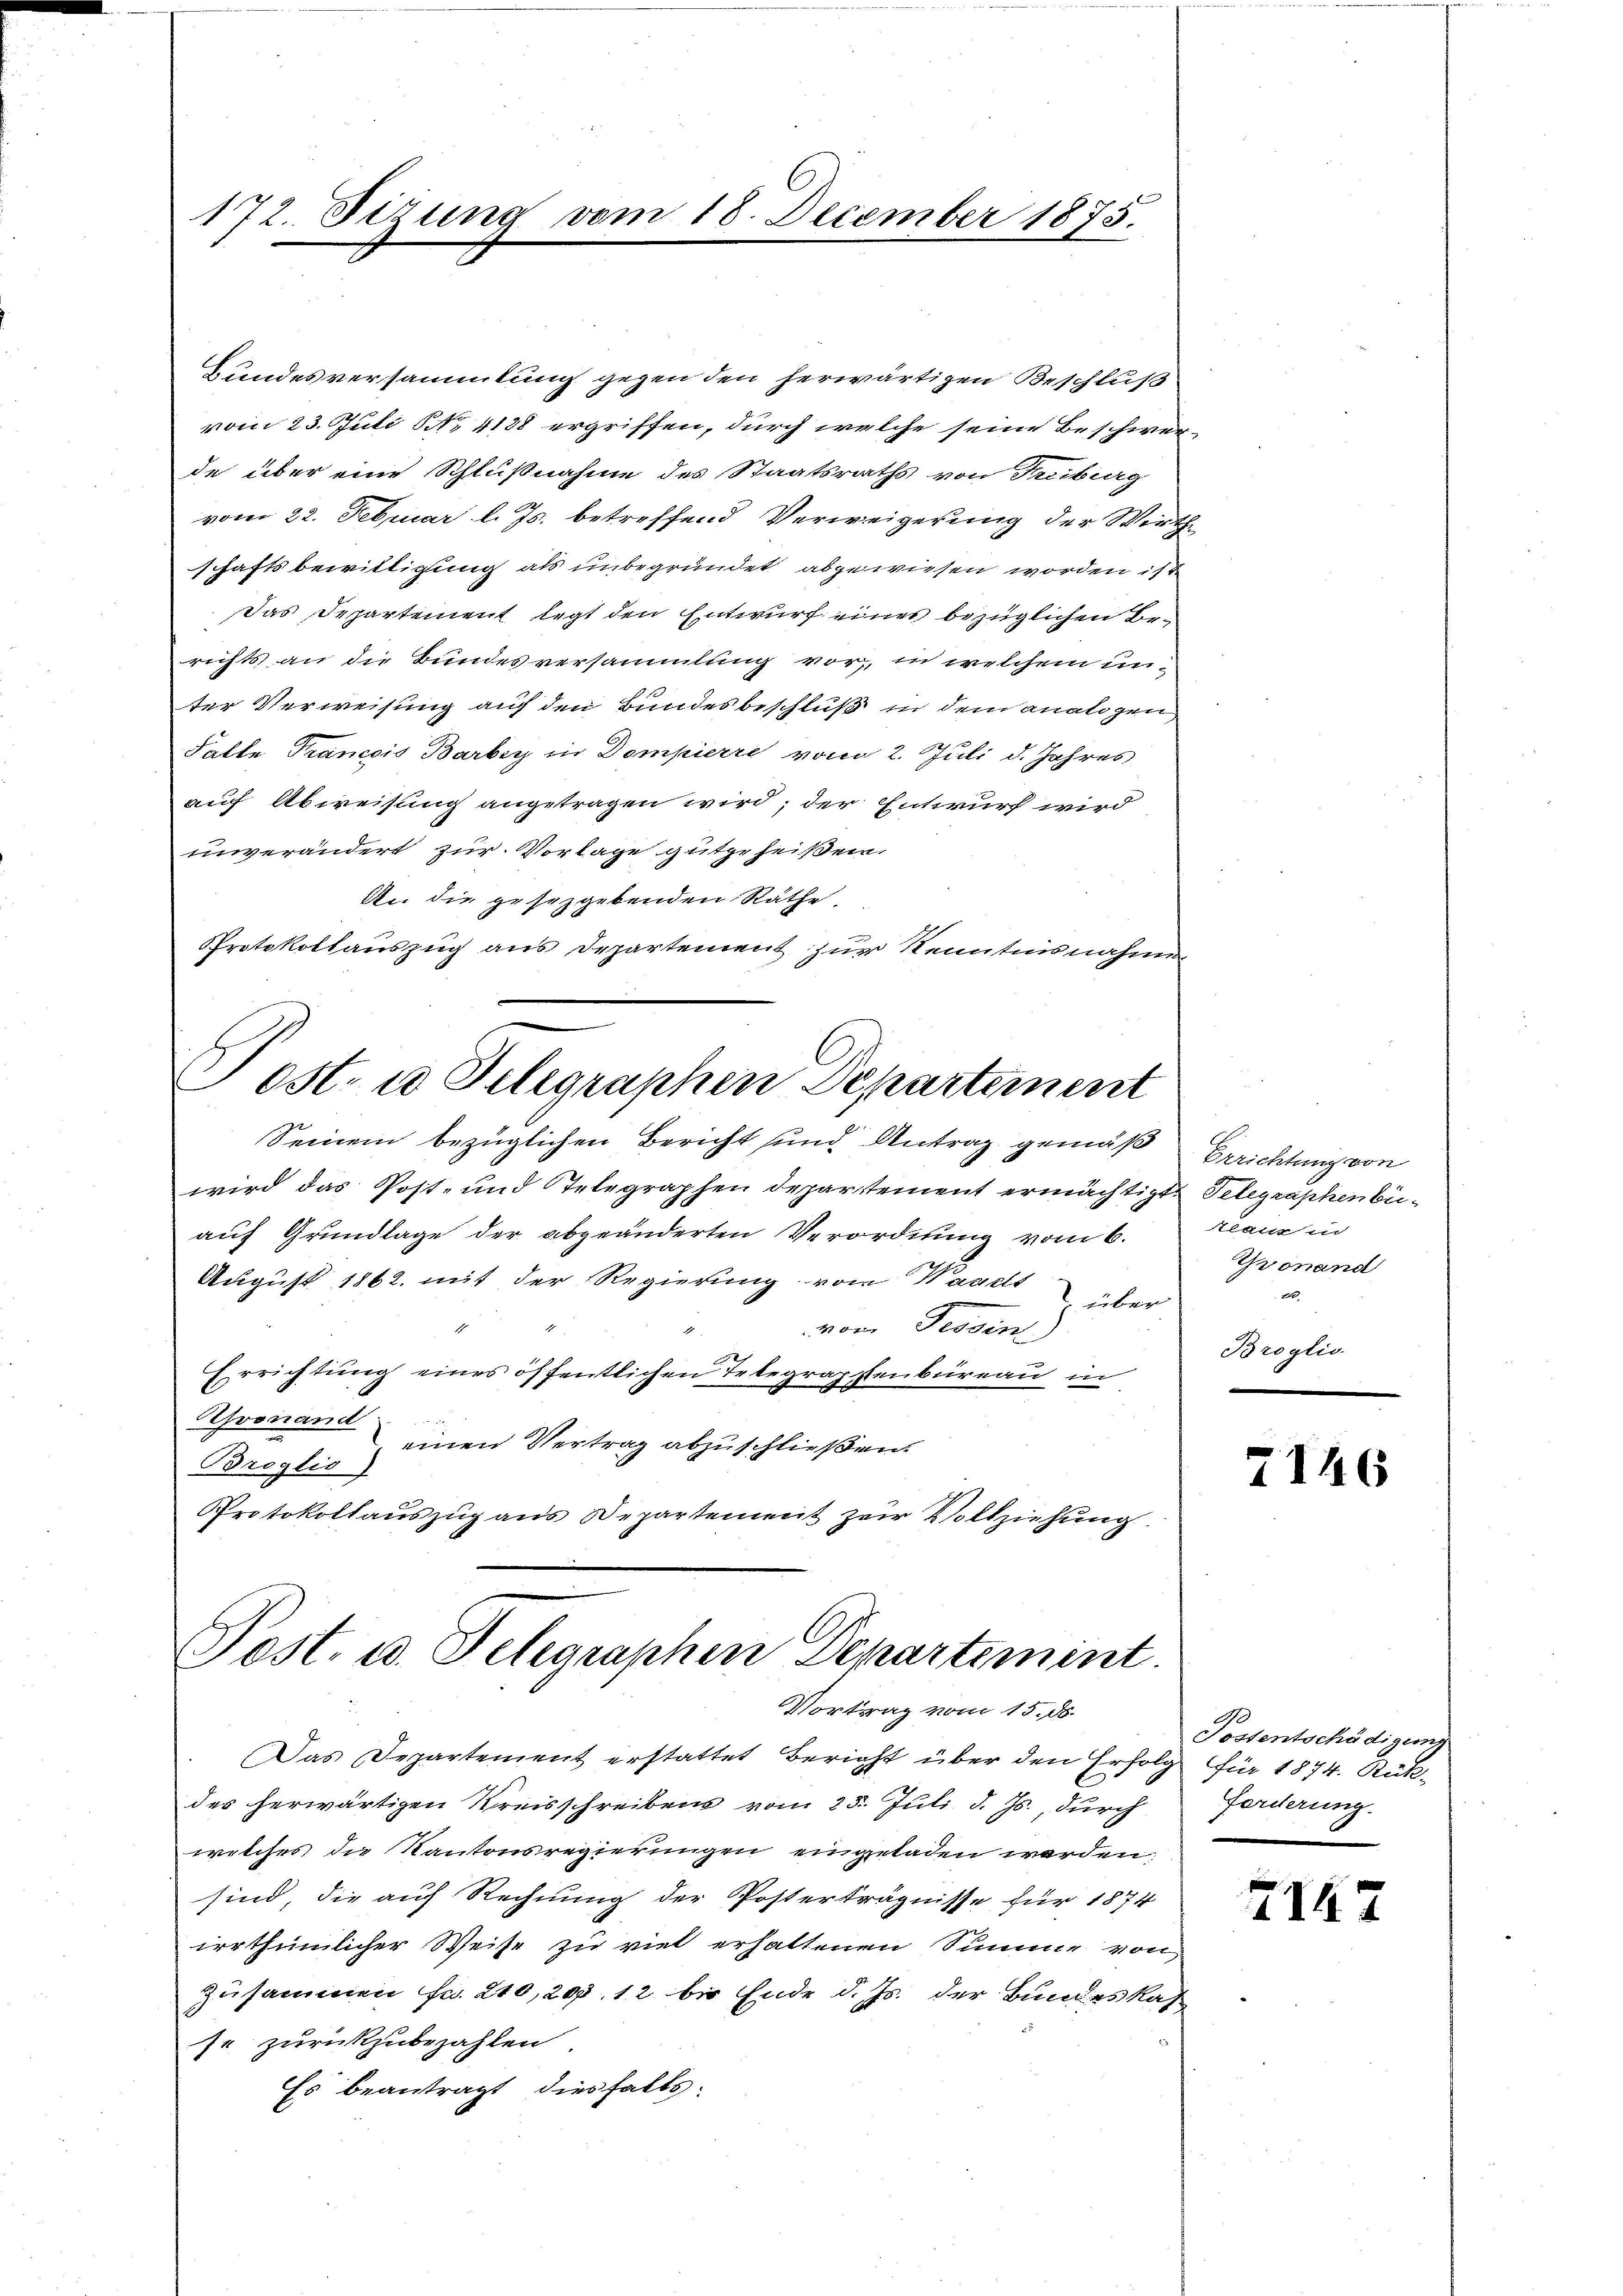
172. Sizung von

Bundesversammlung gegen den herwärtigen Beschluß
vom 23. Juli NNo. 4138 ergriffen, durch welche seine Beschwer-
de über eine Schlußnahme des Staatsraths von Tribung
vom 22. Februar l. Js. betreffend Verweigerung der Wirth
schaftsbewilligung als unbegründet abgewiesen worden ist
Das Departement legt den Entwurf eines bezüglichen Berechts an die Bundesversammlung vor, in welchem unter Verweisung auf den Bundesbeschluß in dem analigen
Falle Trancois Barbey in Dompierre vom 2. Juli d. Jahres
auf Abweisung angetragen wird; der Entwurf wird
unverändert zur Vorlage gutgeheißen.
An die gesetzgebenden Räthe,
Protokollauszug aus Departement zur Kenntnisnahmen
Post- u Telegraphen Departement
Seinem bezüglichen Bericht und Antrag gemäß
wird das Post- und Telegraphen Departement ermächtigt, Telegraphen beiauf Grundlage der abgeänderten Verordnung vom 6.
August 1862. mit der Regierung von Wagels
über
vom Fessen
Errichtung eines öffentlichen Telegraphenbüreau in
Gronand
Broglis einen Vertrag abzuschließen.
Protokollauszug aus Departement zur Vollziehung.

18. December 1875.

Post. u. Telegraphen Departement.
Vortrag vom 15. ds.

Das Departement erstattet Bericht über den Erfolg für 1874. Rükdes herwärtigen Kreisschreibens vom 25. Juli d. Js., durch
welches die Kantonsregierungen eingeladen werden:
sind, die auch Rechnung der Posterträgnisse für 1874
irrthümlicher Weise zu viel erhaltenen Summe von
Zusammen fr. 210,200, 12 bis Ende d. Js. der Bundeskas
se zurückzubezahlen.
Es beantragt diesfalls-

Errichtung von
teaus in
Gronand
2
Broglic

7146

Possentschädigung
forderung

7142